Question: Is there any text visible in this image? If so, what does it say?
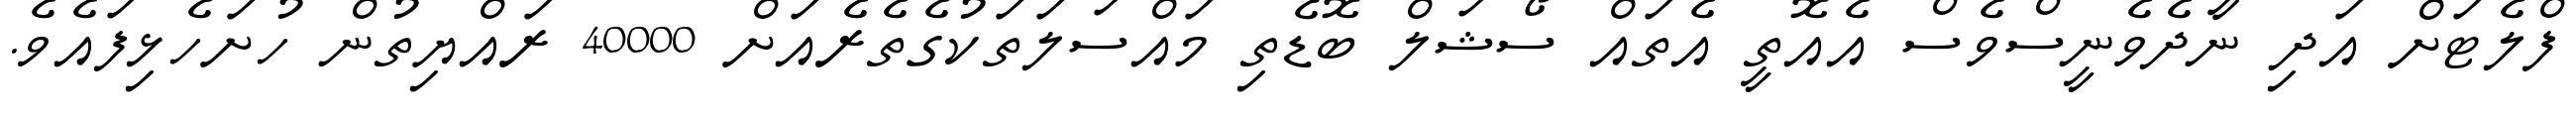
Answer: ފްލެޓަށް އަދި ނާދެވެނީސްވެސް އެއޮތީ އެތައް ސޯޝަލް ބޮޑެތި މައްސަލަތަކުގެތެރެއަށް 40000 ރައްޔިތުން ހުށަހެޅިފައެވެ.